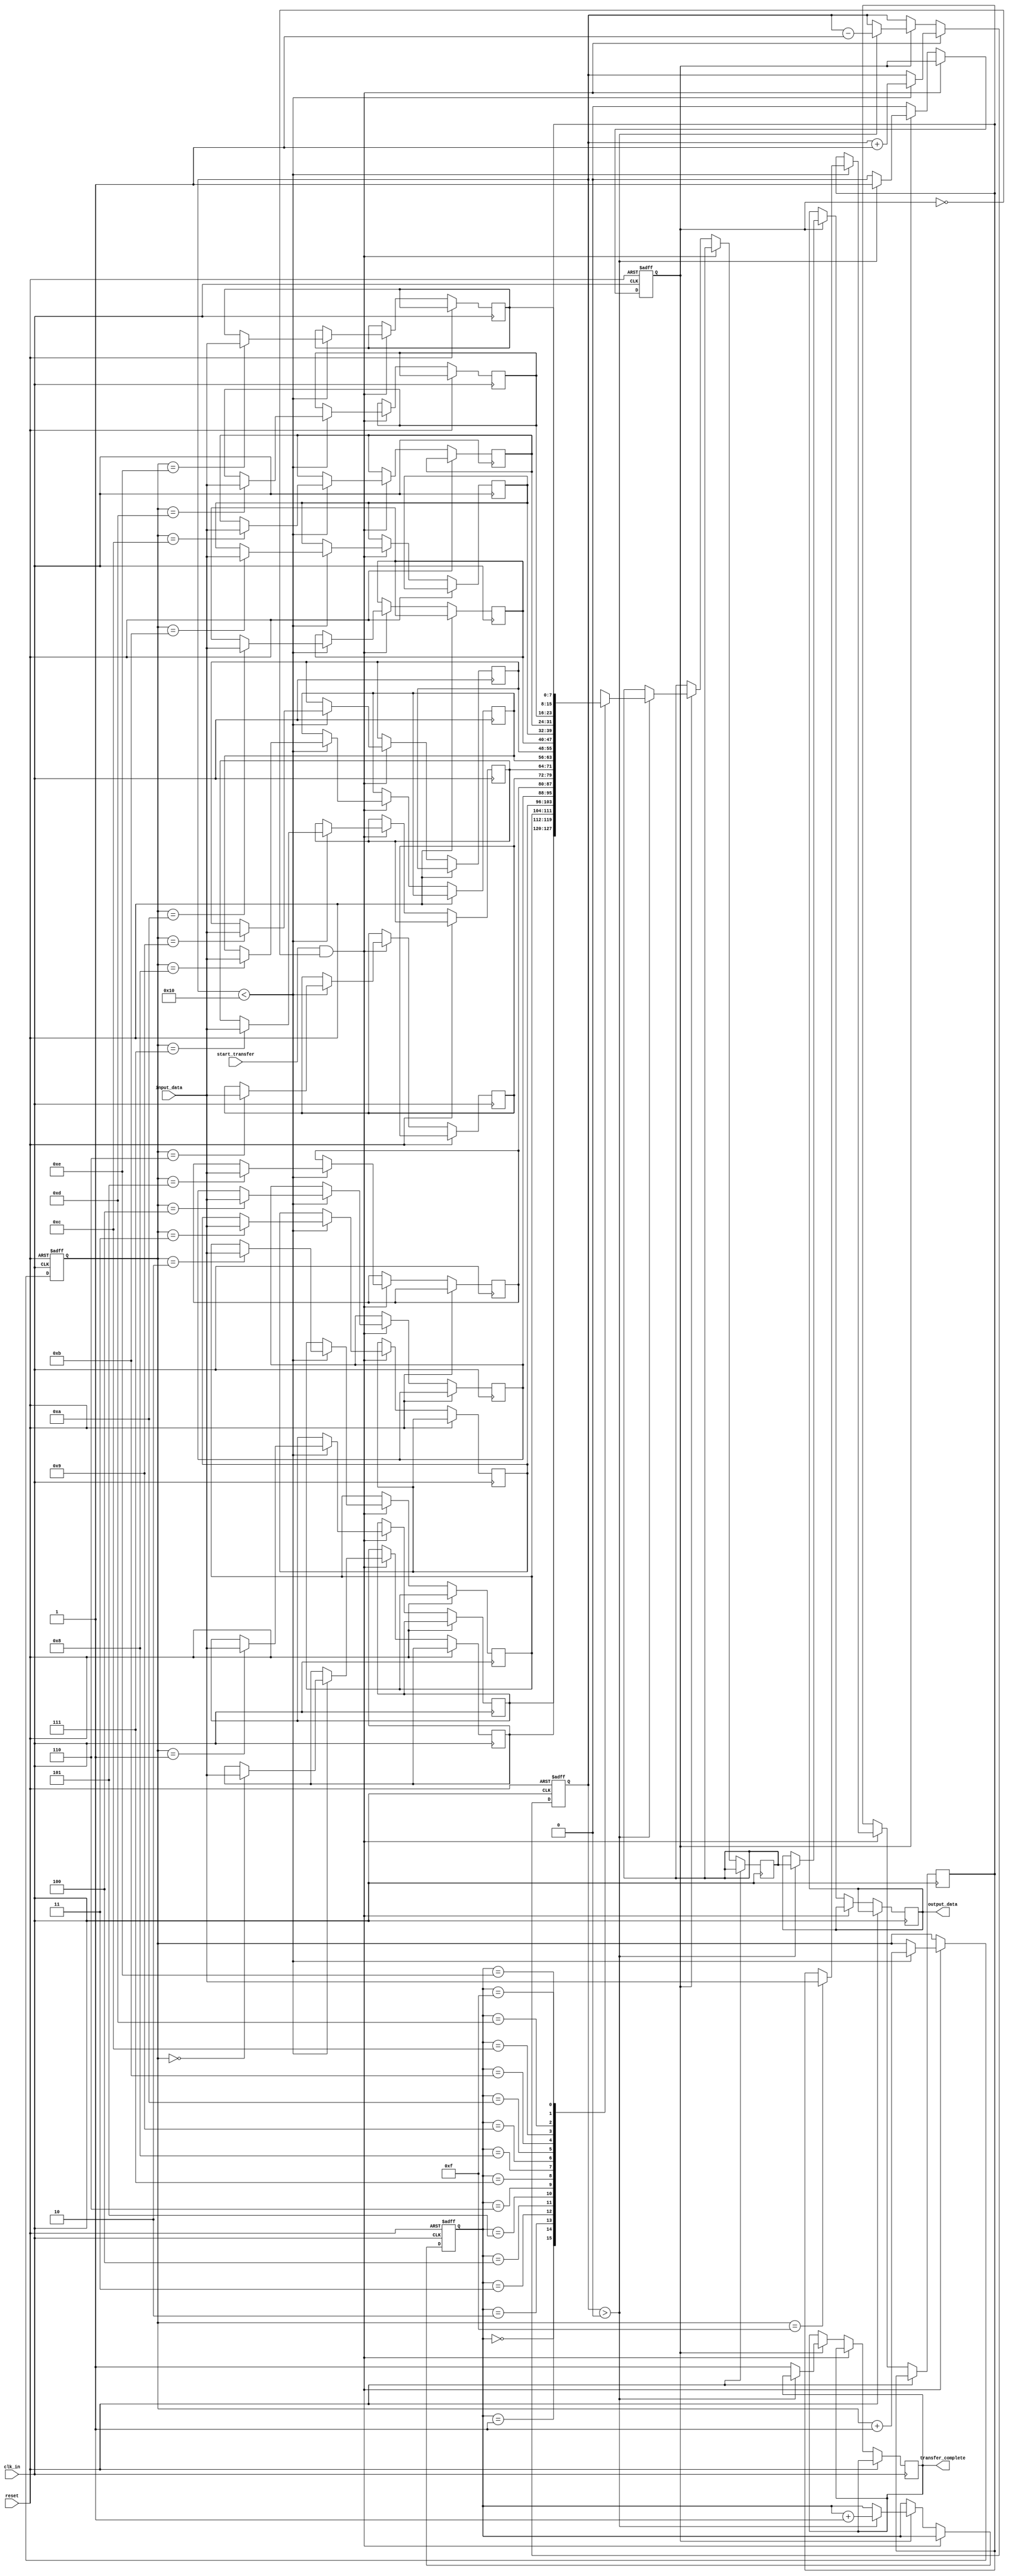
module burst_synchronizer (
    input wire clk_in,
    input wire reset,
    input wire [DATA_WIDTH-1:0] input_data,
    input wire start_transfer,
    output reg [DATA_WIDTH-1:0] output_data,
    output reg transfer_complete
);

// Parameters
parameter DATA_WIDTH = 8;
parameter FIFO_DEPTH = 16;

// Clock domain crossing module
reg [DATA_WIDTH-1:0] fifo [0:FIFO_DEPTH-1];
reg [DATA_WIDTH-1:0] sync_data;
reg [DATA_WIDTH-1:0] next_data;
reg [3:0] write_ptr;
reg [3:0] read_ptr;
reg [3:0] fifo_count;
reg sync_flag;

always @(posedge clk_in or posedge reset) begin
    if (reset) begin
        write_ptr <= 0;
        read_ptr <= 0;
        fifo_count <= 0;
        sync_flag <= 0;
    end else if (start_transfer && !sync_flag) begin
        if (fifo_count < FIFO_DEPTH) begin
            fifo[write_ptr] <= input_data;
            write_ptr <= write_ptr + 1;
            fifo_count <= fifo_count + 1;
        end
        if (fifo_count == FIFO_DEPTH) begin
            sync_data <= fifo[read_ptr];
            read_ptr <= read_ptr + 1;
            fifo_count <= fifo_count - 1;
            sync_flag <= 1;
        end
    end else if (sync_flag) begin
        if (fifo_count > 0) begin
            next_data <= fifo[read_ptr];
            read_ptr <= read_ptr + 1;
            fifo_count <= fifo_count - 1;
            sync_data <= next_data;
        end else begin
            transfer_complete <= 1;
            sync_flag <= 0;
        end
    end
end

// Output logic
always @(*) begin
    output_data = sync_data;
end

endmodule